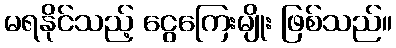
မရနိုင်သည့် ငွေကြေးမျိုး ဖြစ်သည်။